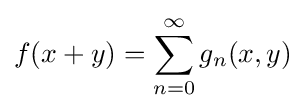
f(x+y)=\sum _{n=0}^{\infty }g_{n}(x,y)